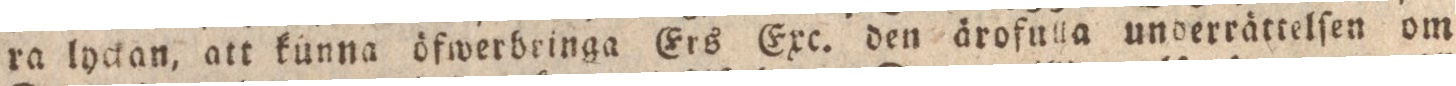
ra lyckan, att kunna öfwerbeinga Ers Exc. den ärofulla underrättelſen om